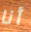
أنا